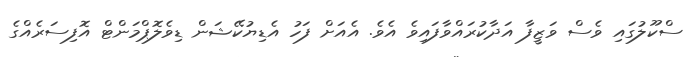
ސްކޫލުގައި ވެސް ވަޒީފާ އަދާކުރައްވާފައިވެ އެވެ. އެއަށް ފަހު އެޑިޔުކޭޝަން ޑިވެލޮޕްމަންޓް އޮފިސަރެއްގެ